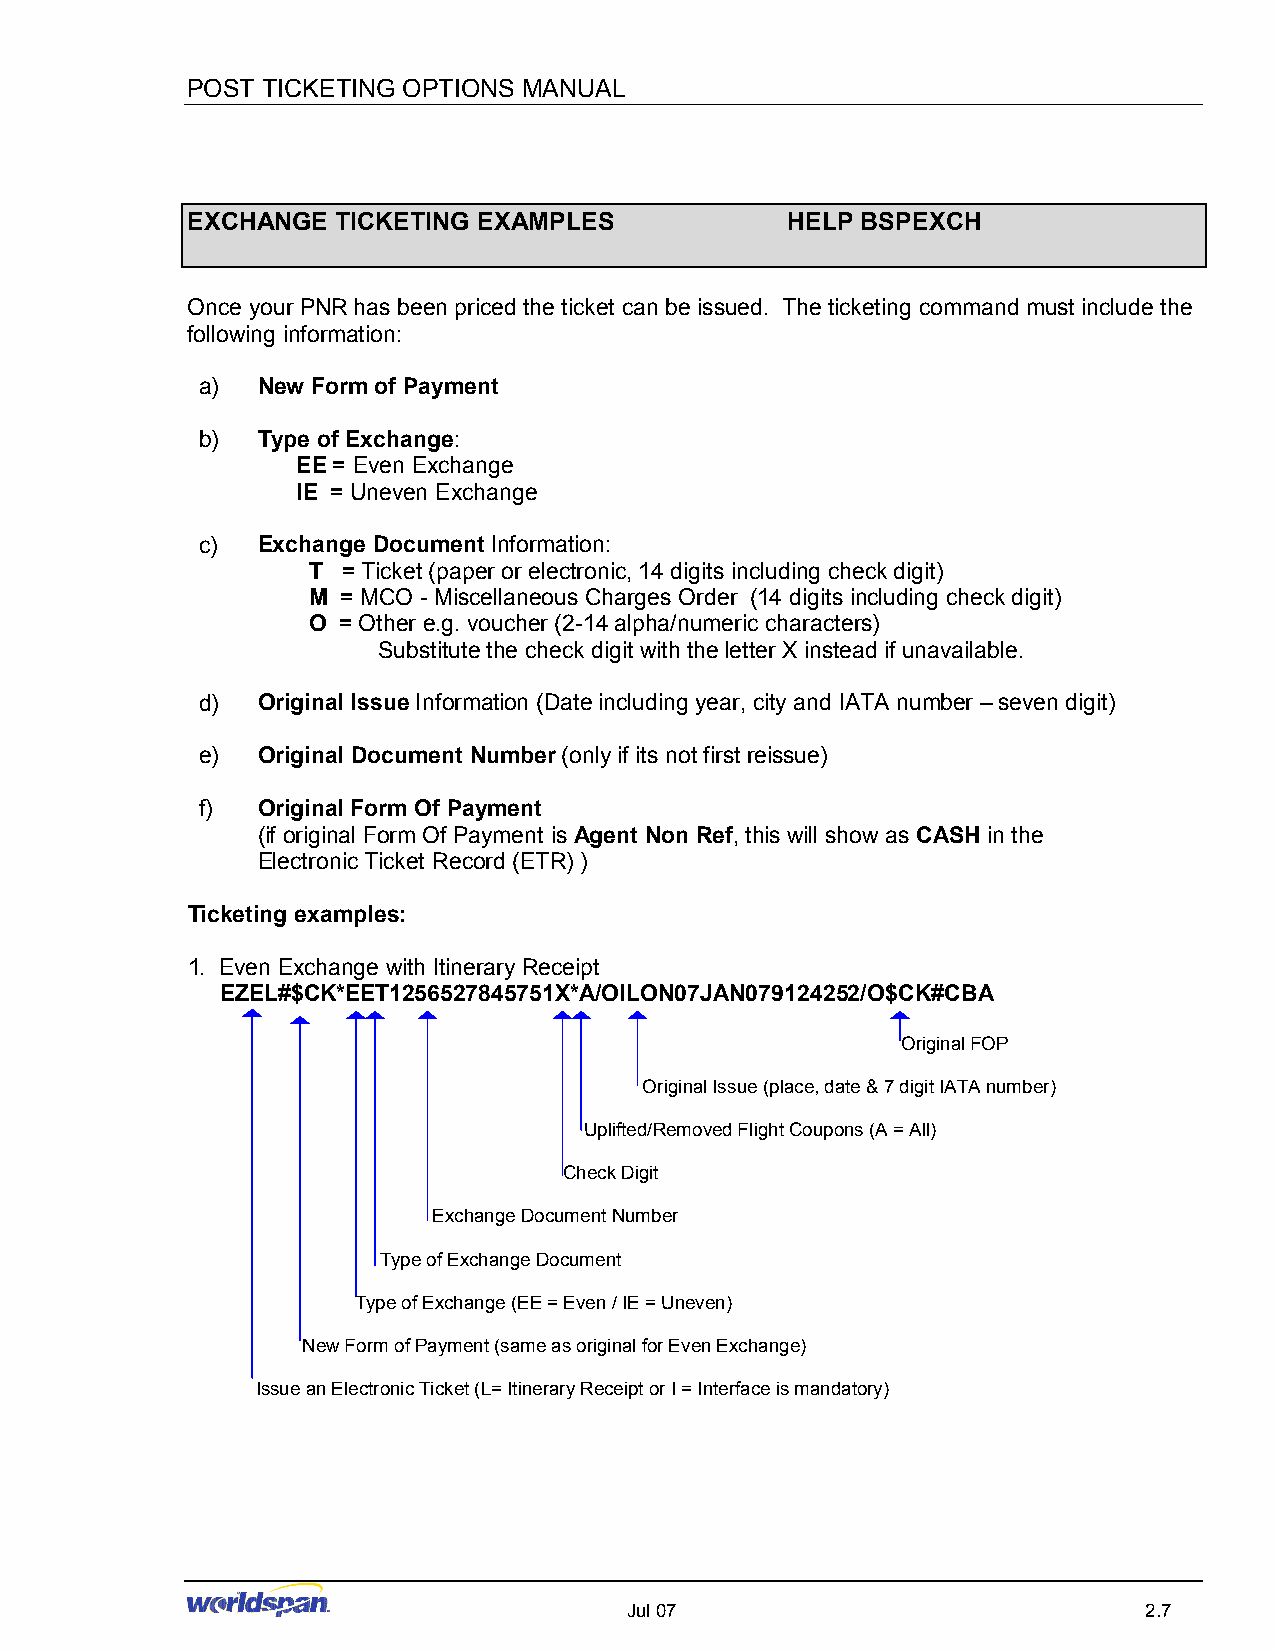
POST TICKETING OPTIONS MANUAL
 EXCHANGE  TICKETING EXAMPLES            HELP BSPEXCH
 Once your PNR has been priced the ticket can be issued. The ticketing command must include the
 following information:
 a)  New Form of Payment
 b)  Type of Exchange:
 EE = Even Exchange
 IE = Uneven Exchange
 c)  Exchange Document Information:
 T  = Ticket (paper or electronic, 14 digits including check digit)
 M  = MCO - Miscellaneous Charges Order (14 digits including check digit)
 O = Other e.g. voucher (2-14 alpha/numeric characters)
 Substitute the check digit with the letter X instead if unavailable.
 d)  Original Issue Information (Date including year, city and IATA number – seven digit)
 e)  Original Document Number (only if its not first reissue)
 f)  Original Form Of Payment
 (if original Form Of Payment is Agent Non Ref, this will show as CASH in the
 Electronic Ticket Record (ETR) )
 Ticketing examples:
 1. Even Exchange with Itinerary Receipt
 EZEL#$CK*EET1256527845751X*A/OILON07JAN079124252/O$CK#CBA
 Original FOP
 Original Issue (place, date & 7 digit IATA number)
 Uplifted/Removed Flight Coupons (A = All)
 Check Digit
 Exchange Document Number
 Type of Exchange Document
 Type of Exchange (EE = Even / IE = Uneven)
 New Form of Payment (same as original for Even Exchange)
 Issue an Electronic Ticket (L= Itinerary Receipt or I = Interface is mandatory)
 Jul 07                             2.7